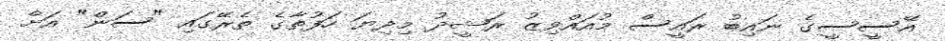
އޭސީސީގެ ނައިބު ރައީސް މުއައްވިޒު ރަޝީދު މިދިޔަ ހަފުތާގެ ތެރޭގައި "ސަން" އަށް